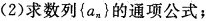
(2)求数列{a{n}}的通项公式；